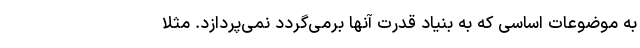
به موضوعات اساسی که به بنیاد قدرت آنها برمی‌گردد نمی‌پردازد. مثلا